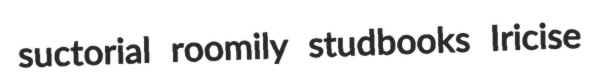
suctorial roomily studbooks Iricise